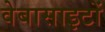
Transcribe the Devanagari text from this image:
वेबासाइटों